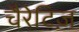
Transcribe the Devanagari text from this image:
चैरेटिज़